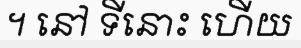
។ នៅ ទីនោះ ហើយ